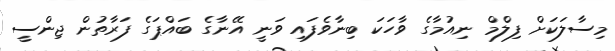
މިސާލަކަށް ފިލްމް ނިއުމާގެ ވާހަކަ ބިނާވެފައި ވަނީ އޭނާގެ ބައްޕަގެ ފަރާތުން ޖިންސީ